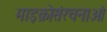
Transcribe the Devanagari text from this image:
माइक्रोसंरचनाओं